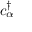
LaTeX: c _ { \alpha } ^ { \dagger }